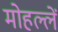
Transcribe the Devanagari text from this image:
मोहल्लें